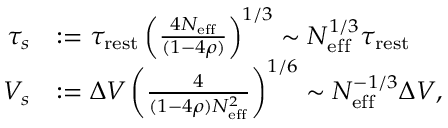
\begin{array} { r l } { \tau _ { s } } & { : = \tau _ { \mathrm { r e s t } } \left( \frac { 4 N _ { \mathrm { e f f } } } { ( 1 - 4 \rho ) } \right) ^ { 1 / 3 } \sim N _ { \mathrm { e f f } } ^ { 1 / 3 } \tau _ { \mathrm { r e s t } } } \\ { V _ { s } } & { : = \Delta V \left( \frac { 4 } { ( 1 - 4 \rho ) N _ { \mathrm { e f f } } ^ { 2 } } \right) ^ { 1 / 6 } \sim N _ { \mathrm { e f f } } ^ { - 1 / 3 } \Delta V , } \end{array}